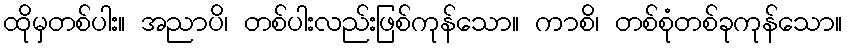
ထိုမှတစ်ပါး။ အညာပိ၊ တစ်ပါးလည်းဖြစ်ကုန်သော။ ကာစိ၊ တစ်စုံတစ်ခုကုန်သော။